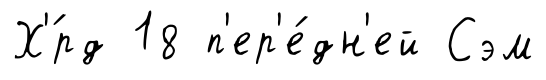
Х'́рд 18 п'ер'е́дн'ей Сэм